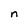
Character: n